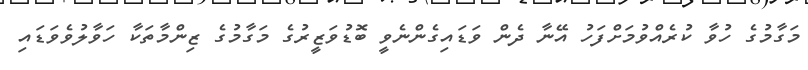
މަގާމުގެ ހުވާ ކުރެއްވުމަށްފަހު އޭނާ ދެން ވަޑައިގެންނެވީ ބޮޑުވަޒީރުގެ މަގާމުގެ ޒިންމާތަކާ ހަވާލުވެވަޑައި